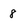
Character: 8